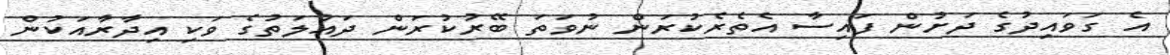
އެ ގަވައިދުގެ ދަށުން ފައިސާ އެތެރެކުރަން ނުވަތަ ބޭރުކުރަން ދައުލަތުގެ ވަކި އިދާރާއަކުން